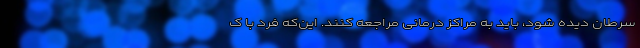
سرطان دیده شود، باید به مراکز درمانی مراجعه کنند. این‌که فرد با ک